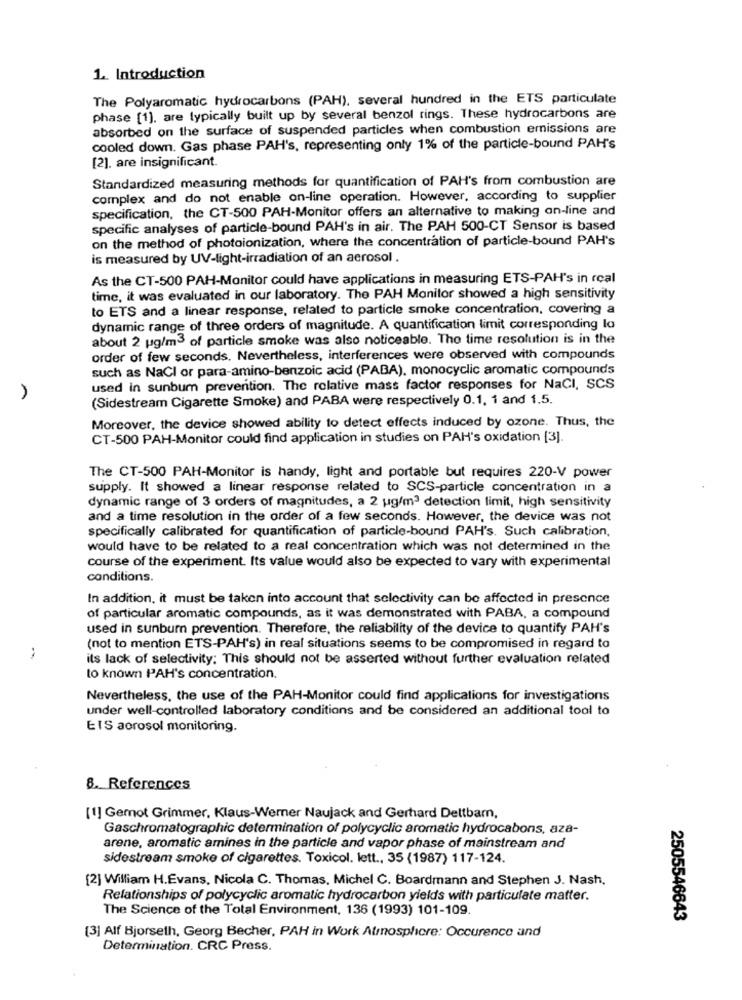
1. Introduction
The Polyaromatic hydrocarbons (PAH), several hundred in the ETS particulate
phase [1], are typically built up by several benzol rings. These hydrocarbons are
absorbed on the surface of suspended particles when combustion emissions are
cooled down. Gas phase PAH's, representing only 1% of the particle-bound PAH's
[2]. are insignificant.
Standardized measuring methods for quantification of PAH's from combustion are
complex and do not enable on-line operation. However, according to supplier
specification, the CT-500 PAH-Monitor offers an alternative to making on-line and
specific analyses of particle-bound PAH's in air. The PAH 500-CT Sensor is based
on the method of photoionization, where the concentration of particle-bound PAH's
is measured by UV-light-irradiation of an aerosol .
As the CT-500 PAH-Monitor could have applications in measuring ETS-PAH's in rcal
time, it was evaluated in our laboratory. The PAH Monitor showed a high sensitivity
to ETS and a linear response, related to particle smoke concentration, covering a
dynamic range of three orders of magnitude. A quantification limit corresponding lo
about 2 ug/m3 of particle smoke was also noticeable. The time resolution is in the
order of few seconds. Nevertheless, interferences were observed with compounds
such as NaCl or para-amino-benzoic acid (PABA), monocyclic aromatic compounds
used in sunbum prevention. The relative mass factor responses for NaCI, SCS
(Sidestream Cigarette Smoke) and PABA were respectively 0.1. 1 and 1.5.
Moreover, the device showed ability to detect effects induced by ozone. Thus, the
CT-500 PAH-Monitor could find application in studies on PAH's oxidation [3].
The CT-500 PAH-Monitor is handy, light and portable but requires 220-V power
supply. It showed a linear response related to SCS-particle concentration in a
dynamic range of 3 orders of magnitudes, a 2 ug/m3 detection limit, high sensitivity
and a time resolution in the order of a few seconds. However, the device was not
specifically calibrated for quantification of particle-bound PAH's. Such calibration,
would have to be related to a real concentration which was not determined in the
course of the experiment. Its value would also be expected to vary with experimental
conditions.
In addition, it must be taken into account that selectivity can be affected in presence
of particular aromatic compounds, as it was demonstrated with PABA, a compound
used in sunburn prevention. Therefore, the reliability of the device to quantify PAH's
(not to mention ETS-PAH's) in real situations seems to be compromised in regard to
its lack of selectivity; This should not be asserted without further evaluation related
to known PAH's concentration.
Nevertheless, the use of the PAH-Monitor could find applications for investigations
under well-controlled laboratory conditions and be considered an additional tool to
EIS aorosol monitoring.
8. References
[1] Gernot Grimmer, Klaus-Werner Naujack and Gerhard Deltbarn,
Gaschromatographic determination of polycyclic aromatic hydrocabons, aza-
arene, aromatic amines in the particle and vapor phase of mainstream and
sidestream smoke of cigarettes. Toxicol. lett ., 35 (1987) 117-124.
[2] William H.Evans, Nicola C. Thomas, Michel C. Boardmann and Stephen J. Nash,
Relationships of polycyclic aromatic hydrocarbon yields with particulate matter.
The Science of the Total Environment, 136 (1993) 101-109.
2505546643
[3] Alf Bjorseth, Georg Becher, PAH in Work Atmosphere: Occurence and
Determination. CRC Press.